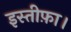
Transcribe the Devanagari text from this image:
इस्तीफ़ा।